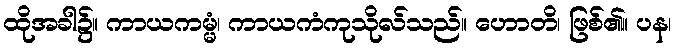
ထိုအခါ၌။ ကာယကမ္မံ၊ ကာယကံကုသိုလ်သည်။ ဟောတိ၊ ဖြစ်၏။ ပန၊